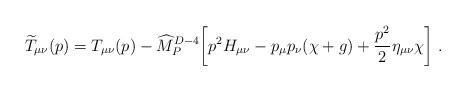
LaTeX: \begin{align*}{\widetilde T}_{\mu\nu}(p)= T_{\mu\nu}(p)- {\widehat M}_P^{D-4}\biggl[p^2 H_{\mu\nu}-p_\mu p_\nu(\chi+g) +{p^2\over 2}\eta_{\mu\nu}\chi \biggr]~.\end{align*}